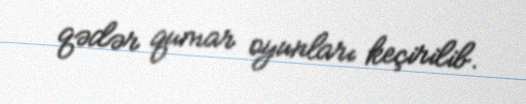
qədər qumar oyunları keçirilib.